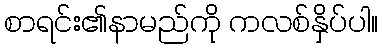
စာရင်း၏နာမည်ကို ကလစ်နှိပ်ပါ။